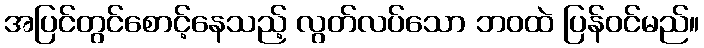
အပြင်တွင်စောင့်နေသည့် လွတ်လပ်သော ဘဝထဲ ပြန်ဝင်မည်။